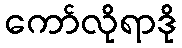
ကော်လိုရာဒို